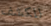
للكشف